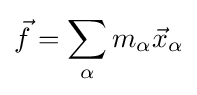
{\vec {f}}=\sum _{\alpha }m_{\alpha }{\vec {x}}_{\alpha }